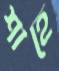
শাহে